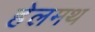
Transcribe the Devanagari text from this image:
हेलमथ